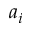
a _ { i }